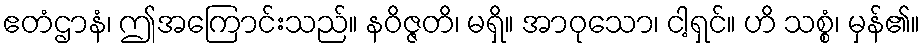
ဧတံဌာနံ၊ ဤအကြောင်းသည်။ နဝိဇ္ဇတိ၊ မရှိ။ အာဝုသော၊ ငါ့ရှင်။ ဟိ သစ္စံ၊ မှန်၏။